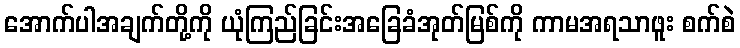
အောက်ပါအချက်တို့ကို ယုံကြည်ခြင်းအခြေခံအုတ်မြစ်ကို ကာမအရသာဖူး စက်စဲ